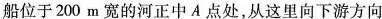
船位于200m宽的河正中A点处，从这里向下游方向